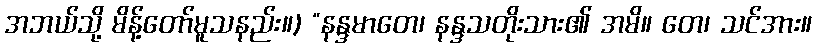
အဘယ်သို့ မိန့်တော်မူသနည်း။) “နန္ဒမာတေ၊ နန္ဒသတိုးသား၏ အမိ။ တေ၊ သင်အား။